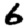
Digit: 6